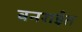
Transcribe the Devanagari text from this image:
वनरार्इत